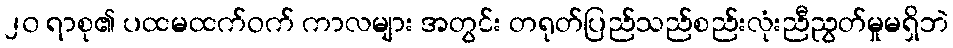
၂၀ ရာစု၏ ပထမထက်ဝက် ကာလများ အတွင်း တရုတ်ပြည်သည်စည်းလုံးညီညွတ်မှုမရှိဘဲ